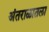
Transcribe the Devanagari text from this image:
अंतराळातला